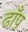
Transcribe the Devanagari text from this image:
ढाँप